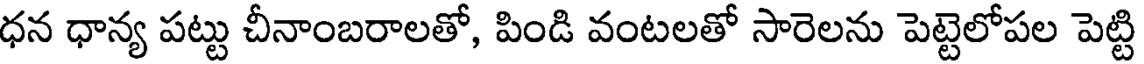
ధన ధాన్య పట్టు చీనాంబరాలతో, పిండి వంటలతో సారెలను పెట్టెలోపల పెట్టి